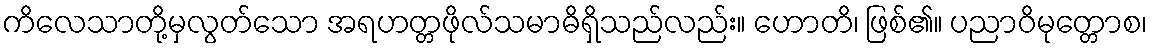
ကိလေသာတို့မှလွတ်သော အရဟတ္တဖိုလ်သမာဓိရှိသည်လည်း။ ဟောတိ၊ ဖြစ်၏။ ပညာဝိမုတ္တောစ၊